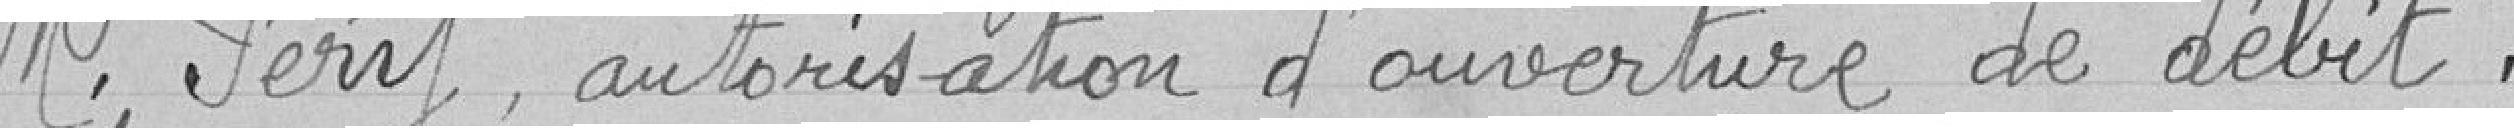
M. Féry, autorisation d'ouverture de débit .